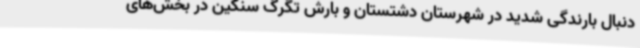
دنبال بارندگی شدید در شهرستان دشتستان و بارش تگرگ سنگین در بخش‌های